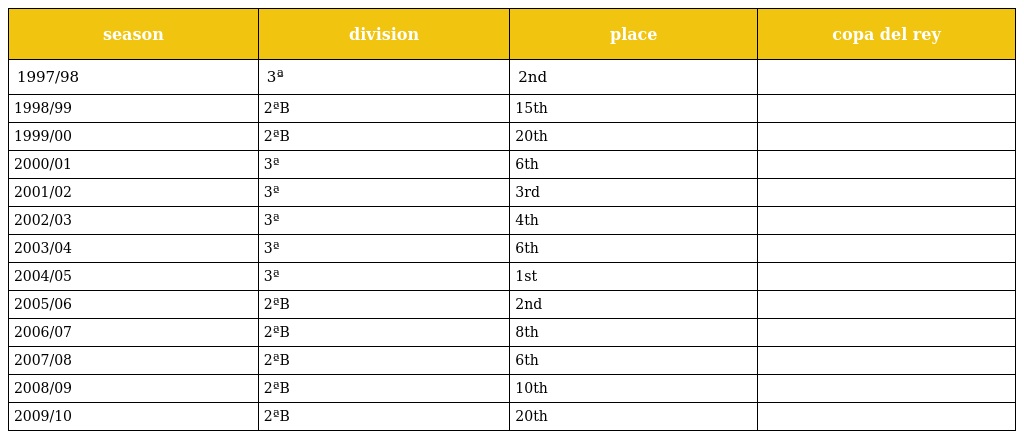
| season | division | place | copa del rey |
 | --- | --- | --- | --- |
 | 1997/98 | 3ª | 2nd |  |
 | 1998/99 | 2ªB | 15th |  |
 | 1999/00 | 2ªB | 20th |  |
 | 2000/01 | 3ª | 6th |  |
 | 2001/02 | 3ª | 3rd |  |
 | 2002/03 | 3ª | 4th |  |
 | 2003/04 | 3ª | 6th |  |
 | 2004/05 | 3ª | 1st |  |
 | 2005/06 | 2ªB | 2nd |  |
 | 2006/07 | 2ªB | 8th |  |
 | 2007/08 | 2ªB | 6th |  |
 | 2008/09 | 2ªB | 10th |  |
 | 2009/10 | 2ªB | 20th |  |